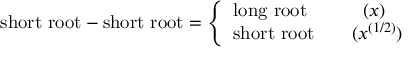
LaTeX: \mathrm { s h o r t ~ r o o t } - \mathrm { s h o r t ~ r o o t } = \left\{ \begin{array} { l } { { \mathrm { l o n g ~ r o o t } \qquad \quad ( x ) } } \\ { { \mathrm { s h o r t ~ r o o t } \qquad ( x ^ { ( 1 / 2 ) } ) } } \end{array} \right.